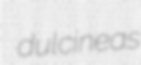
dulcineas